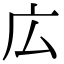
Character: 広